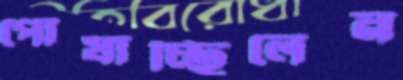
পোষাচ্ছিলেন